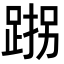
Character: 𮛠